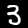
Digit: 3